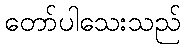
တော်ပါသေးသည်